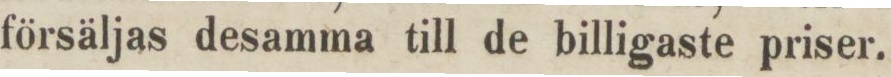
försäljas desamma till de billigaste priser.